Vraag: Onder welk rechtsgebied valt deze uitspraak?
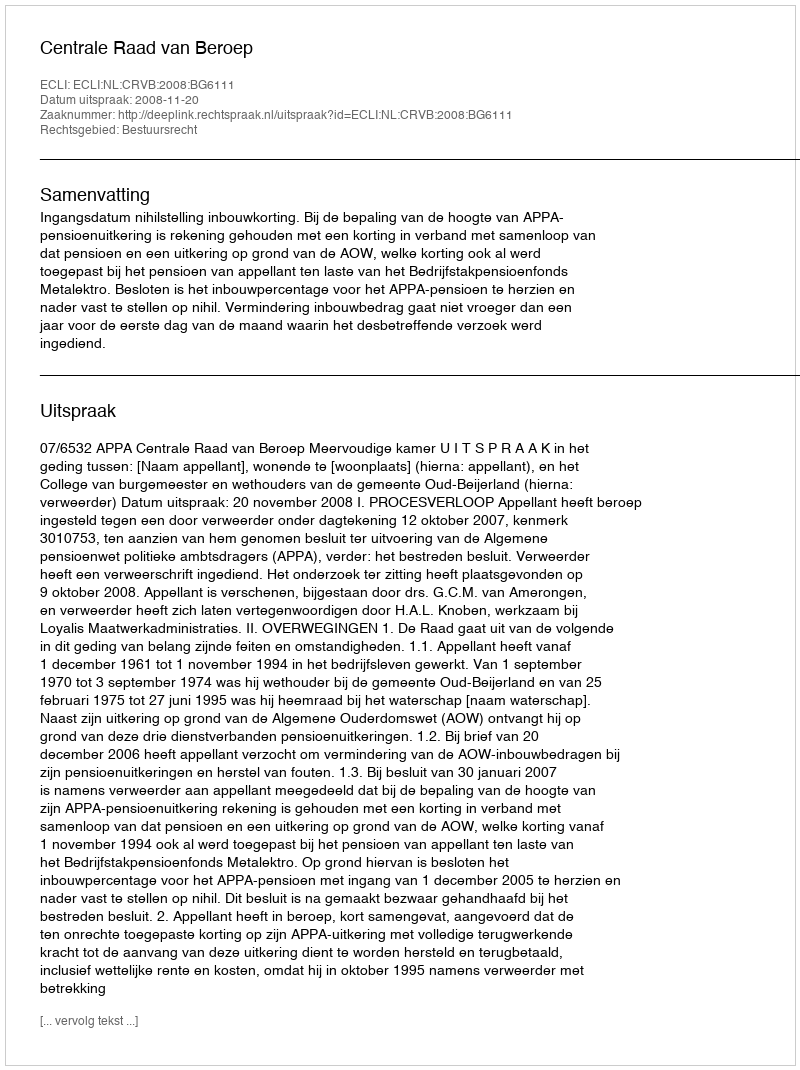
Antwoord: Bestuursrecht